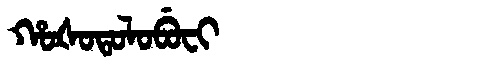
Manchu: ᡥᠣᡧᠣᡨᠣᠯᠣᠪᡠᠸᡳ
Romanization: HOŠOTOLOBUFI